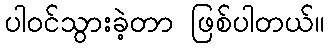
ပါဝင်သွားခဲ့တာ ဖြစ်ပါတယ်။